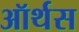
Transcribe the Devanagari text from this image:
ऑर्थस